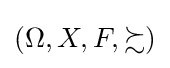
(\Omega ,X,F,\succsim )